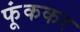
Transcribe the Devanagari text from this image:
फूंककर